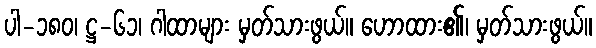
ပါ-၁၈၀၊ ဋ္ဌ-၆၁၊ ဂါထာများ မှတ်သားဖွယ်။ ဟောထား၏၊ မှတ်သားဖွယ်။